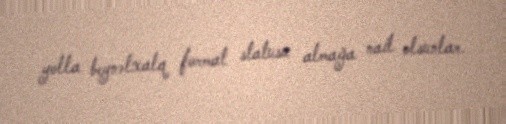
yolla beynəlxalq format statusu almağa nail olsunlar.